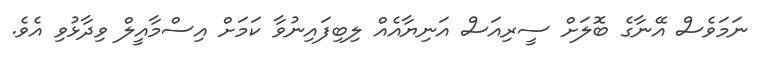
ނަމަވެސް އޭނާގެ ބޮލަށް ސީރިއަސް އަނިޔާއެއް ލިބިފައިނުވާ ކަމަށް އިސްމާއީލް ވިދާޅުވި އެވެ.